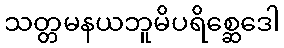
သတ္တမနယဘူမိပရိစ္ဆေဒေါ